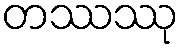
တဿဿု